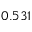
0 . 5 3 1